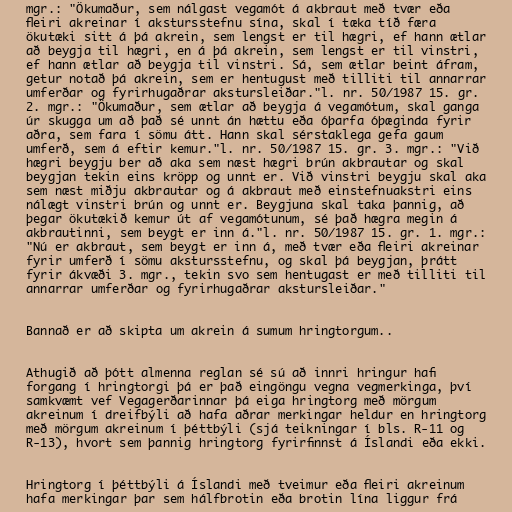
mgr.: "Ökumaður, sem nálgast vegamót á akbraut með tvær eða
fleiri akreinar í akstursstefnu sína, skal í tæka tíð færa
ökutæki sitt á þá akrein, sem lengst er til hægri, ef hann ætlar
að beygja til hægri, en á þá akrein, sem lengst er til vinstri,
ef hann ætlar að beygja til vinstri. Sá, sem ætlar beint áfram,
getur notað þá akrein, sem er hentugust með tilliti til annarrar
umferðar og fyrirhugaðrar akstursleiðar."l. nr. 50/1987 15. gr.
2. mgr.: "Ökumaður, sem ætlar að beygja á vegamótum, skal ganga
úr skugga um að það sé unnt án hættu eða óþarfa óþæginda fyrir
aðra, sem fara í sömu átt. Hann skal sérstaklega gefa gaum
umferð, sem á eftir kemur."l. nr. 50/1987 15. gr. 3. mgr.: "Við
hægri beygju ber að aka sem næst hægri brún akbrautar og skal
beygjan tekin eins kröpp og unnt er. Við vinstri beygju skal aka
sem næst miðju akbrautar og á akbraut með einstefnuakstri eins
nálægt vinstri brún og unnt er. Beygjuna skal taka þannig, að
þegar ökutækið kemur út af vegamótunum, sé það hægra megin á
akbrautinni, sem beygt er inn á."l. nr. 50/1987 15. gr. 1. mgr.:
"Nú er akbraut, sem beygt er inn á, með tvær eða fleiri akreinar
fyrir umferð í sömu akstursstefnu, og skal þá beygjan, þrátt
fyrir ákvæði 3. mgr., tekin svo sem hentugast er með tilliti til
annarrar umferðar og fyrirhugaðrar akstursleiðar."

Bannað er að skipta um akrein á sumum hringtorgum..

Athugið að þótt almenna reglan sé sú að innri hringur hafi
forgang í hringtorgi þá er það eingöngu vegna vegmerkinga, því
samkvæmt vef Vegagerðarinnar þá eiga hringtorg með mörgum
akreinum í dreifbýli að hafa aðrar merkingar heldur en hringtorg
með mörgum akreinum í þéttbýli (sjá teikningar í bls. R-11 og
R-13), hvort sem þannig hringtorg fyrirfinnst á Íslandi eða ekki.

Hringtorg í þéttbýli á Íslandi með tveimur eða fleiri akreinum
hafa merkingar þar sem hálfbrotin eða brotin lína liggur frá